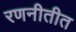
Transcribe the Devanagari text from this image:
रणनीतीत